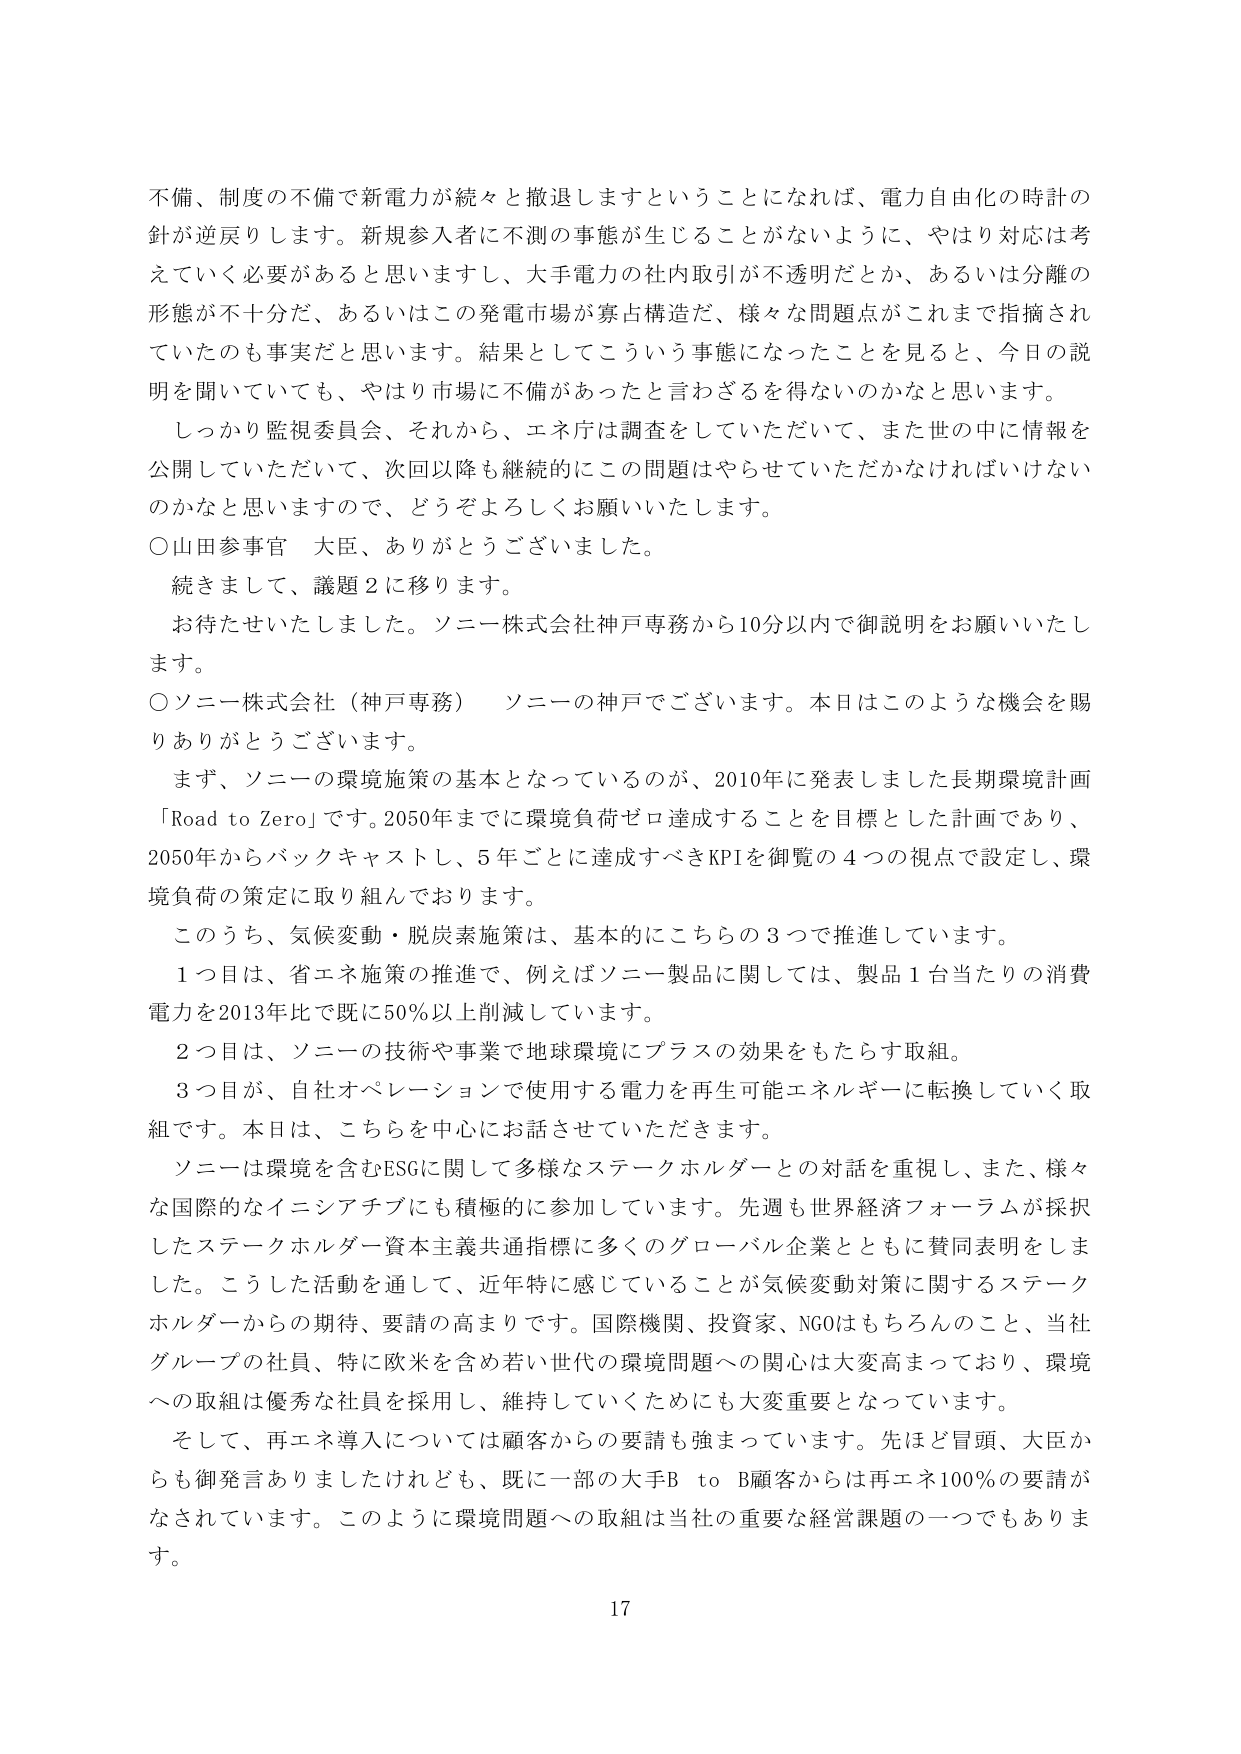
不備、制度の不備で新電力が続々と撤退しますということになれば、電力自由化の時計の針が逆戻りします。新規参入者に不測の事態が生じることがないように、やはり対応は考えていく必要があると思いますし、大手電力の社内取引が不透明だとか、あるいは分離の形態が不十分だ、あるいはこの発電市場が寡占構造だ、様々な問題点がこれまで指摘されていたのも事実だと思います。結果としてこういう事態になったことを見ると、今日の説明を聞いていても、やはり市場に不備があったと言わざるを得ないのかなと思います。

しっかり監視委員会、それから、エネ庁は調査をしていただいて、また世の中に情報を公開していただいて、次回以降も継続的にこの問題はやらせていただかなければいけないのかなと思いますので、どうぞよろしくお願いいたします。

○山田参事官　大臣、ありがとうございました。

続きまして、議題２に移ります。

お待たせいたしました。ソニー株式会社神戸専務から10分以内で御説明をお願いいたします。

○ソニー株式会社（神戸専務）　ソニーの神戸でございます。本日はこのような機会を賜りありがとうございます。

まず、ソニーの環境施策の基本となっているのが、2010年に発表しました長期環境計画「Road to Zero」です。2050年までに環境負荷ゼロ達成することを目標とした計画であり、2050年からバックキャストし、5年ごとに達成すべきKPIを御覧の4つの視点で設定し、環境負荷の策定に取り組んでおります。

このうち、気候変動・脱炭素施策は、基本的にこちらの3つで推進しています。

1つ目は、省エネ施策の推進で、例えばソニー製品に関しては、製品1台当たりの消費電力を2013年比で既に50％以上削減しています。

2つ目は、ソニーの技術や事業で地球環境にプラスの効果をもたらす取組。

3つ目が、自社オペレーションで使用する電力を再生可能エネルギーに転換していく取組です。本日は、こちらを中心にお話させていただきます。

ソニーは環境を含むESGに関して多様なステークホルダーとの対話を重視し、また、様々な国際的なイニシアチブにも積極的に参加しています。先週も世界経済フォーラムが採択したステークホルダー資本主義共通指標に多くのグローバル企業とともに賛同表明をしました。こうした活動を通して、近年特に感じていることが気候変動対策に関するステークホルダーからの期待、要請の高まりです。国際機関、投資家、NGOはもちろんのこと、当社グループの社員、特に欧米を含め若い世代の環境問題への関心は大変高まっており、環境への取組は優秀な社員を採用し、維持していくためにも大変重要となっています。

そして、再エネ導入については顧客からの要請も強まっています。先ほど冒頭、大臣からも御発言ありましたけれども、既に一部の大手B to B顧客からは再エネ100％の要請がなされています。このように環境問題への取組は当社の重要な経営課題の一つでもあります。

17